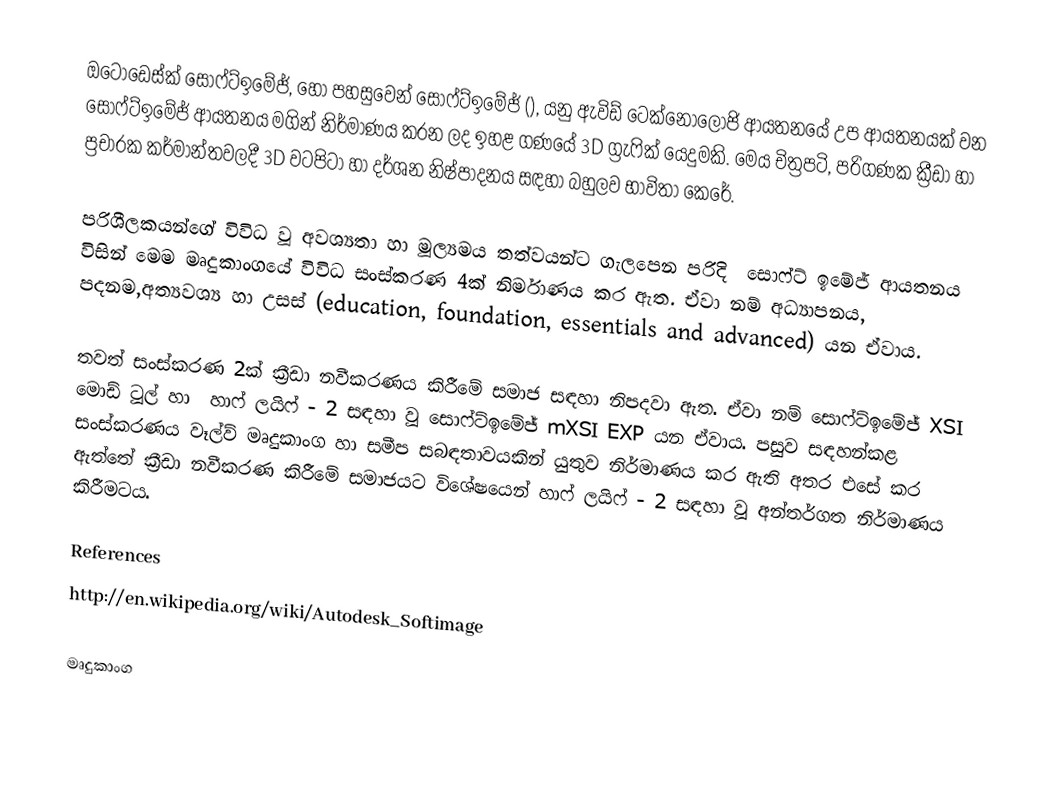
ඔටෝඩෙස්ක් සොෆ්ට්ඉමේජ්, හෝ පහසුවෙන් සොෆ්ට්ඉමේජ් (), යනු ඇවිඩ් ටෙක්නොලොජි ආයතනයේ උප ආයතනයක් වන සොෆ්ට්ඉමේජ් ආයතනය මගින් නිර්මාණය කරන ලද ඉහළ ගණයේ 3D ග්‍රැෆික් යෙදුමකි. මෙය චිත්‍රපටි, පරිගණක ක්‍රීඩා හා ප්‍රචාරක කර්මාන්තවලදී 3D  වටපිටා හා දර්ශන නිෂ්පාදනය සඳහා බහුලව භාවිතා කෙරේ.

පරිශීලකයන්ගේ විවිධ වූ අවශ්‍යතා හා මූල්‍යමය තත්වයන්ට ගැලපෙන පරිදි ‍ සොෆ්ට් ඉමේජ් ආයතනය විසින් මෙම මෘදුකාංගයේ විවිධ සංස්කරණ 4ක් නිර්මාණය කර ඇත. ඒවා නම් අධ්‍යාපනය, පදනම,අත්‍යවශ්‍ය හා උසස් (education, foundation, essentials and advanced) යන ඒවාය.

තවත් සංස්කරණ 2ක් ක්‍රීඩා නවීකරණය කිරීමේ සමාජ සඳහා නිපදවා ඇත. ඒවා නම් සොෆ්ට්ඉමේජ් XSI මොඩ් ටූල් හා ‍ හාෆ් ලයිෆ් - 2 සඳහා වූ සොෆ්ට්ඉමේජ් mXSI EXP යන ඒවාය‍.  පසුව සඳහන්කළ සංස්කරණය වෑල්ව් මෘදුකාංග හා සමීප සබඳතාවයකින් යුතුව නිර්මාණය කර ඇති අතර එසේ කර ඇත්තේ ක්‍රීඩා නවීකරණ කිරීමේ සමාජයට විශේෂයෙන් හාෆ් ලයිෆ් - 2 සඳහා වූ අන්තර්ගත නිර්මාණය කිරීමටය.

References
http://en.wikipedia.org/wiki/Autodesk_Softimage

මෘදුකාංග